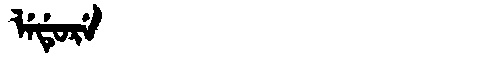
Manchu: ᠯᡝᡩᡠᡵᡝ
Romanization: LEDURE